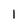
Character: l